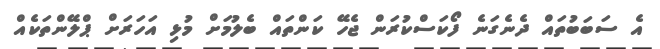
އެ ސަބަބުތައް ދެނެގަނެ ފޯކަސްކުރަން ޖެހޭ ކަންތައް ބެލުމަށް މުޅި އަހަރަށް ޕްލޭންތަކެއް